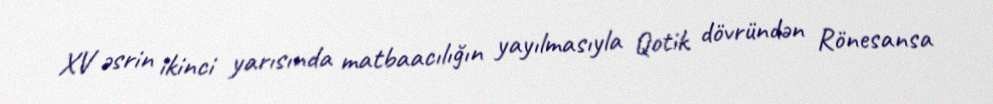
XV əsrin ikinci yarısında matbaacılığın yayılmasıyla Qotik dövründən Rönesansa